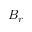
B _ { r }